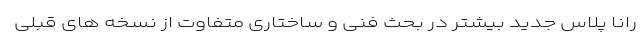
رانا پلاس جدید بیشتر در بحث فنی و ساختاری متفاوت از نسخه های قبلی